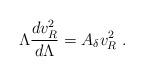
LaTeX: \begin{align*}\Lambda \frac{dv_{R}^{2}}{d\Lambda }=A_{\delta }v_{R}^{2}\ . \end{align*}